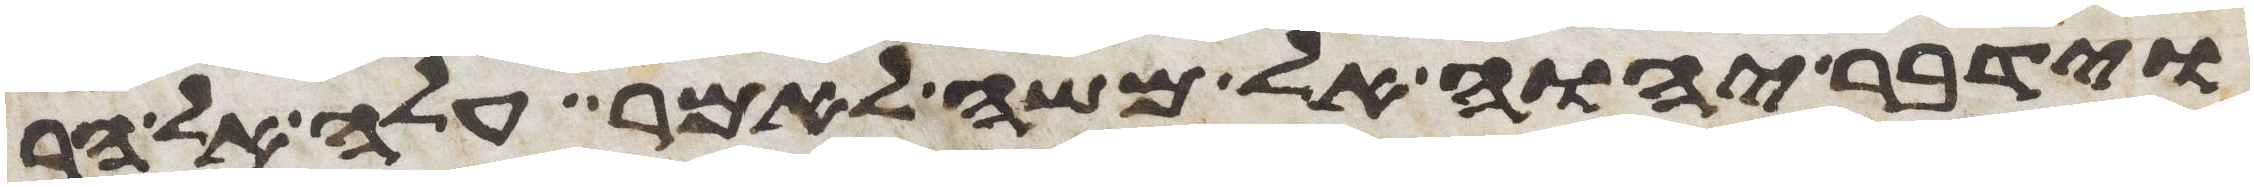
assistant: וידבר יהוה אל משה לאמר עלה אל הר